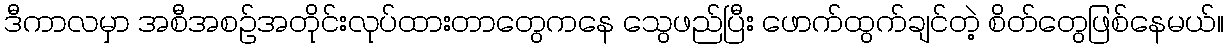
ဒီကာလမှာ အစီအစဉ်အတိုင်းလုပ်ထားတာတွေကနေ သွေဖည်ပြီး ဖောက်ထွက်ချင်တဲ့ စိတ်တွေဖြစ်နေမယ်။